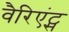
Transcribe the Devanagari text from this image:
वैरिएंट्स